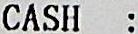
CASH :